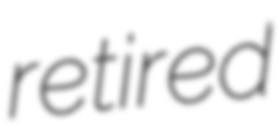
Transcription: retired